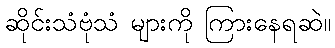
ဆိုင်းသံဗုံသံ များကို ကြားနေရဆဲ။